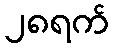
၂၈ရက်